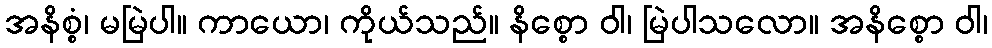
အနိစ္စံ၊ မမြဲပါ။ ကာယော၊ ကိုယ်သည်။ နိစ္စော ဝါ၊ မြဲပါသလော။ အနိစ္စော ဝါ၊